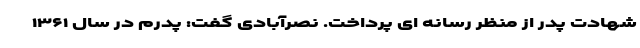
شهادت پدر از منظر رسانه ای پرداخت. نصرآبادی گفت: پدرم در سال ۱۳۶۱